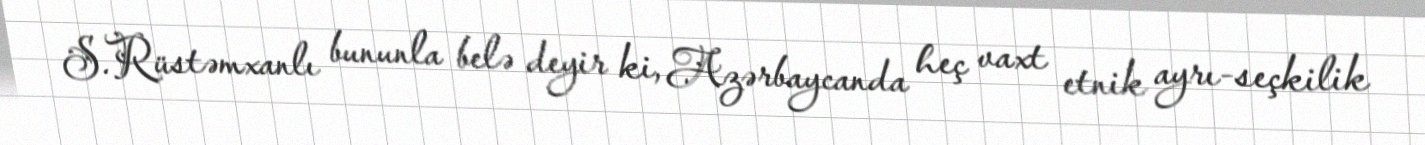
S.Rüstəmxanlı bununla belə deyir ki, Azərbaycanda heç vaxt etnik ayrı-seçkilik